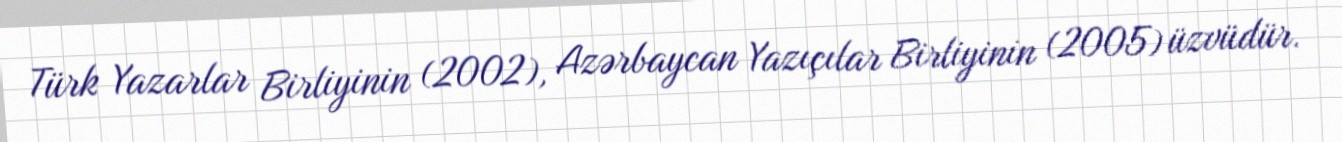
Türk Yazarlar Birliyinin (2002), Azərbaycan Yazıçılar Birliyinin (2005) üzvüdür.